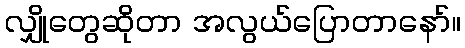
လျှိုတွေဆိုတာ အလွယ်ပြောတာနော်။